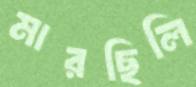
মারছিলি